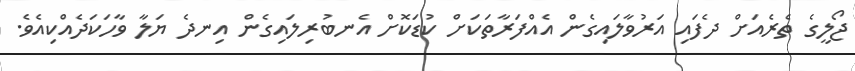
ޖޯލީގެ ތެރެއަށް ދެފައި އަރުވާލައިގެން އެއްފަރާތަކަށް ކުޑަކޮށް އެނބުރިލައިގެން އިނދެ ޔަލާ ވާހަކަދެއްކިއެވެ.